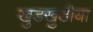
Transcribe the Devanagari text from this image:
खुडखुडीया